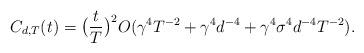
LaTeX: \begin{align*} C_{d,T}(t)=\big( \frac{t}{T} \big)^2 O( \gamma^4 T^{-2}+\gamma^4 d^{-4}+{ \gamma^4 \sigma^4 d^{-4}T^{-2}} ).\end{align*}